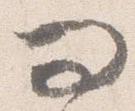
問